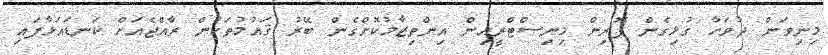
މިނިވަން ދުވަހާ ގުޅިގެން ފޮރިން މިނިސްޓްރީއިން އިންތިޒާމުކޮށްގެން ބޭރު ޤައުމުތަކުން ރާއްޖެއަށް ކަނޑައަޅާފައި